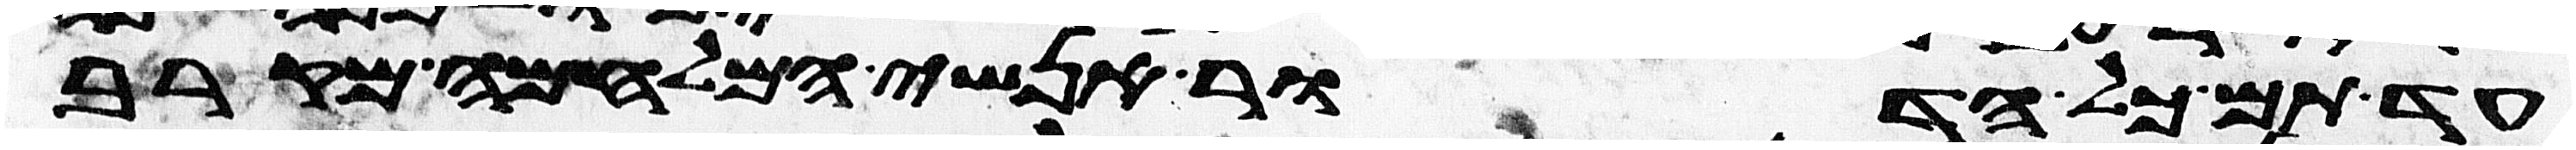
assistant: עד תם כל הדור אנשי המלחמה מקרב